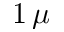
1 \, \mu